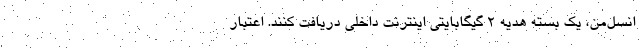
انسل‌من، یک بسته هدیه ۲ گیگابایتی اینترنت داخلی دریافت کنند. اعتبار